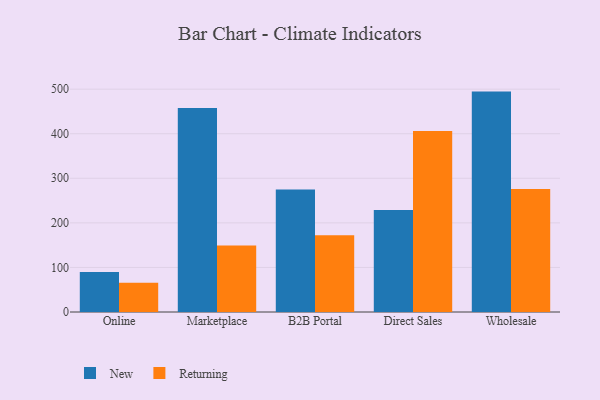
{"axis": {"x": "Channel", "y": "Latency (ms)"}, "legend": ["New", "Returning"], "data": [{"x": "Online", "y": 89.7, "type": "New"}, {"x": "Online", "y": 65.9, "type": "Returning"}, {"x": "Marketplace", "y": 457.6, "type": "New"}, {"x": "Marketplace", "y": 149.0, "type": "Returning"}, {"x": "B2B Portal", "y": 274.6, "type": "New"}, {"x": "B2B Portal", "y": 172.4, "type": "Returning"}, {"x": "Direct Sales", "y": 228.7, "type": "New"}, {"x": "Direct Sales", "y": 406.3, "type": "Returning"}, {"x": "Wholesale", "y": 494.5, "type": "New"}, {"x": "Wholesale", "y": 276.0, "type": "Returning"}]}